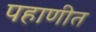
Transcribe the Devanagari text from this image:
पहाणीत